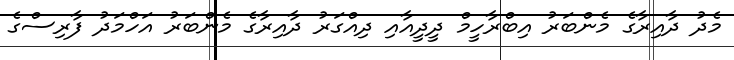
މެދު ދާއިރާގެ މެންބަރު އިބްރާހީމް ދީދީއާއި ދިއްގަރު ދާއިރާގެ މެންބަރު އަހްމަދު ފާރިސްގެ